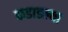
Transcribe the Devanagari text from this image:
कडाडल्या